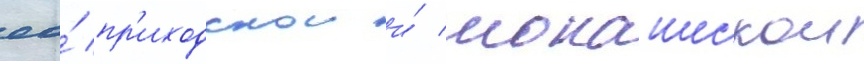
ео́ пр'иходскои и́ монашескои